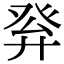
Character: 𤼪